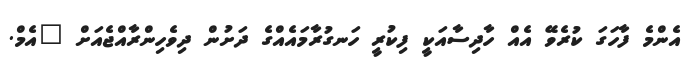
އެންމެ ފާހަގަ ކުރެވޭ އެއް ހާދިސާއަކީ ފިކުރީ ހަނގުރާމައެއްގެ ދަށުން ދިވެހިންރާއްޖެއަށް "އެމް.